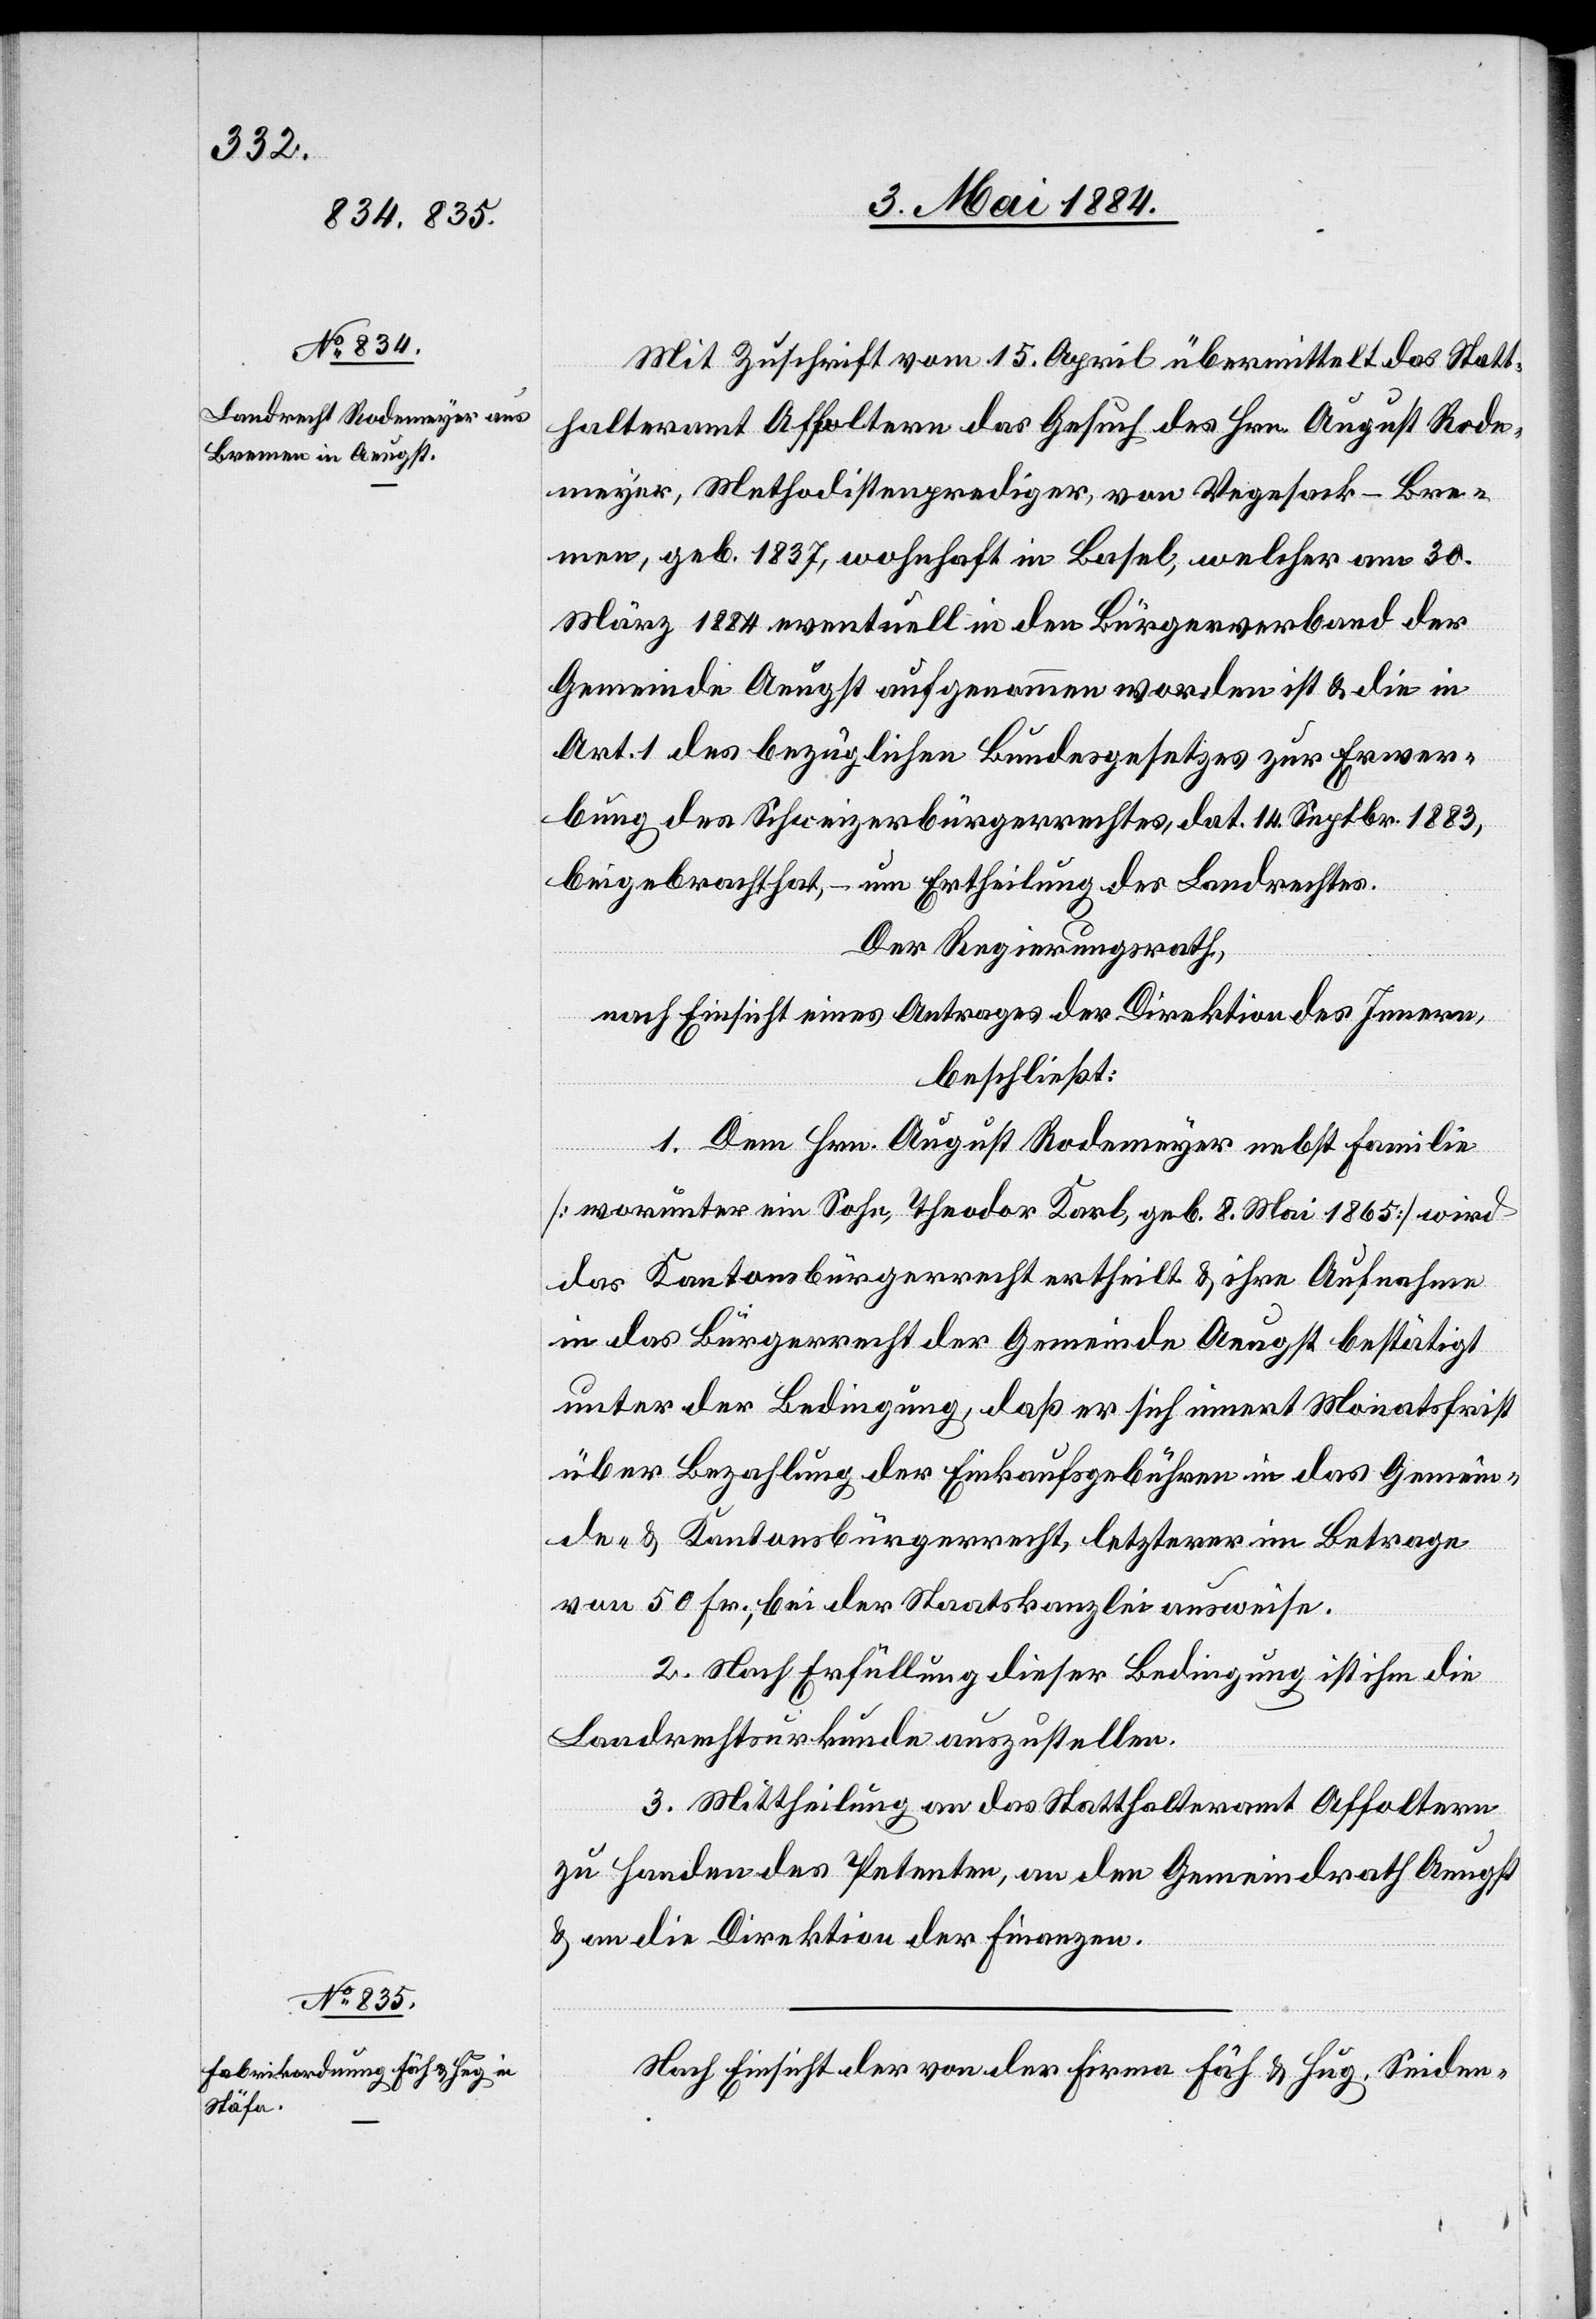
Mit Zuschrift vom 15. April übermittelt das Statt¬
halteramt Affoltern das Gesuch des Hrn. August Rode¬
meyer, Methodistenprediger, von Vegesack - Bre¬
men, geb. 1837, wohnhaft in Basel, welcher am 30.
März 1884 eventuell in den Bürgerverband der
Gemeinde Aeugst aufgenommen worden ist & die in
Art. 1 des bezüglichen Bundesgesetzes zur Erwer¬
bung des Schweizerbürgerrechtes, dat. 14. Septbr. 1883,
beigebracht hat, – um Ertheilung des Landrechtes.
Der Regierungsrath,
nach Einsicht eines Antrages der Direktion des Innern,
beschließt:
1. Dem Hrn. August Rodemeyer nebst Familie
[worunter ein Sohn, Theodor Karl, geb. 8. Mai 1865] wird
das Kantonsbürgerrecht ertheilt & ihre Aufnahme
in das Bürgerrecht der Gemeinde Aeugst bestätigt
unter der Bedingung, daß er sich innert Monatsfrist
über Bezahlung der Einkaufsgebühren in das Gemein¬
de- & Kantonsbürgerrecht, letzterer im Betrage
von 50 Fr., bei der Staatskanzlei ausweise.
2. Nach Erfüllung dieser Bedingung ist ihm die
Landrechtsurkunde auszustellen.
3. Mittheilung an das Statthalteramt Affoltern
zu Handen des Petenten, an den Gemeindrath Aeugst
& an die Direktion der Finanzen.
Nach Einsicht der von der Firma Fäh & Hug, Seiden-